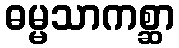
ဓမ္မသာကစ္ဆာ